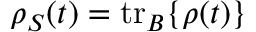
\rho _ { S } ( t ) = \mathrm { t r } _ { B } \{ \rho ( t ) \}